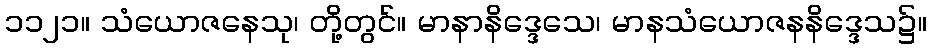
၁၁၂၁။ သံယောဇနေသု၊ တို့တွင်။ မာနာနိဒ္ဒေသေ၊ မာနသံယောဇနနိဒ္ဒေသ၌။